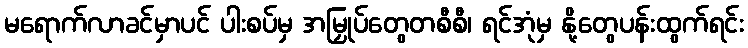
မရောက်လာခင်မှာပင် ပါးစပ်မှ အမြှုပ်တွေတစီစီ၊ ရင်အုံမှ နို့တွေပန်းထွက်ရင်း